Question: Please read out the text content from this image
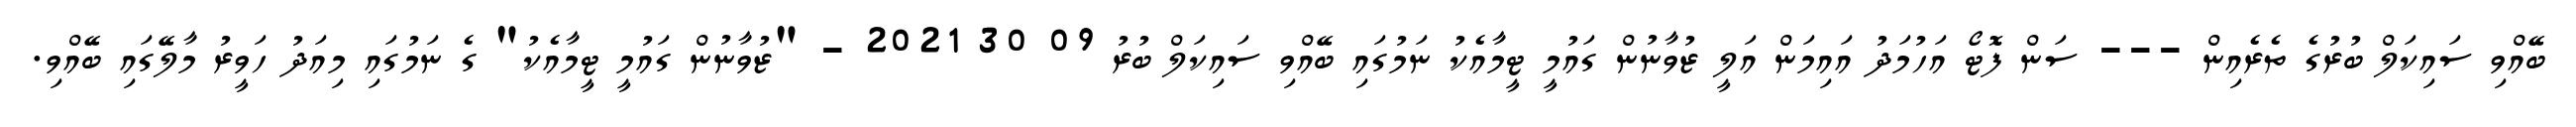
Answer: ބޭއްވި ސައިކަލް ބުރުގެ ތެރެއިން --- ސަން ފޮޓޯ އަހުމަދު އައިމަން އަލީ ޒުވާނުން ގައުމީ ޓީމާއެކު ނަމުގައި ބޭއްވި ސައިކަލް ބުރު 09 30 2021 - "ޒުވާނުން ގައުމީ ޓީމާއެކު" ގެ ނަމުގައި މިއަދު ހަވީރު މާލޭގައި ބޭއްވި.